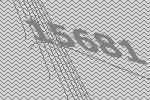
15681